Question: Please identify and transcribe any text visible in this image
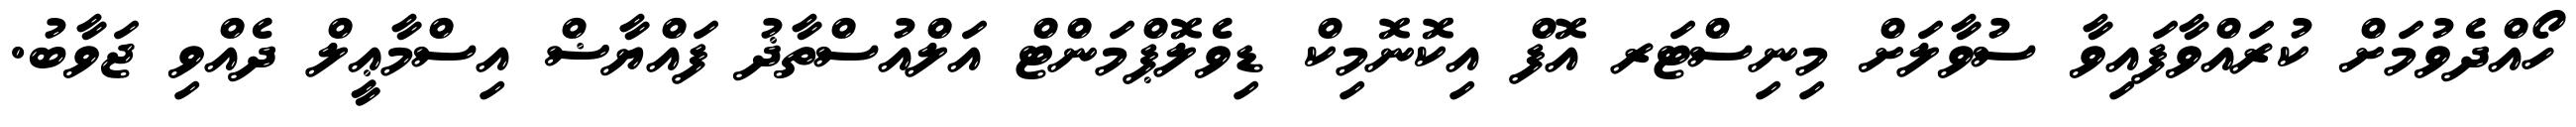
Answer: ހޯއްދެވުމަށް ކުރައްވާފައިވާ ސުވާލަށް މިނިސްޓަރ އޮފް އިކޮނޮމިކް ޑިވެލޮޕްމަންޓް އަލްއުސްތާޛު ފައްޔާޟް އިސްމާޢީލް ދެއްވި ޖަވާބު.